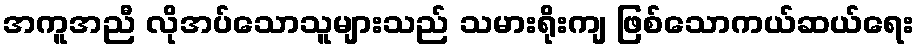
အကူအညီ လိုအပ်သောသူများသည် သမားရိုးကျ ဖြစ်သောကယ်ဆယ်ရေး